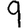
Digit: 9